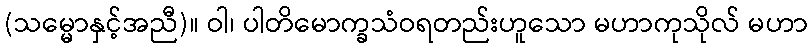
(သမ္မောနှင့်အညီ)။ ဝါ၊ ပါတိမောက္ခသံဝရတည်းဟူသော မဟာကုသိုလ် မဟာ